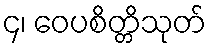
၄၊ ဝေပစိတ္တိသုတ်